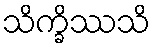
သိက္ခိဿသိ